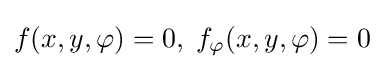
f(x,y,\varphi )=0,\;f_{\varphi }(x,y,\varphi )=0